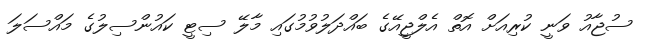
ސުޖާއު ވަނީ ކުރިއަށް އޮތް އެލްޖީއޭގެ ބައްދަލުވުމުގައި މާލޭ ސިޓީ ކައުންސިލުގެ މައްސަލަ